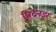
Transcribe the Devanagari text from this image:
प्रिटेनडर